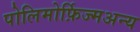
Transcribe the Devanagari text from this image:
पोलिमोर्फ़िज्मअन्य